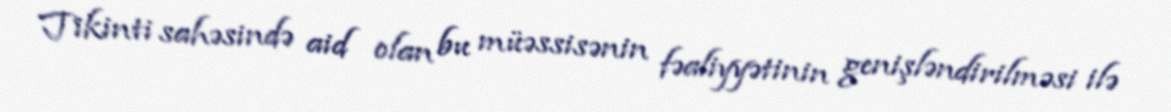
Tikinti sahəsində aid olan bu müəssisənin fəaliyyətinin genişləndirilməsi ilə